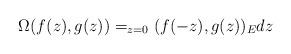
LaTeX: \begin{align*} \Omega(f(z),g(z))= _{z=0}(f(-z),g(z))_Edz\end{align*}